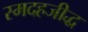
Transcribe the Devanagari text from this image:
स्मदहजीद्ध